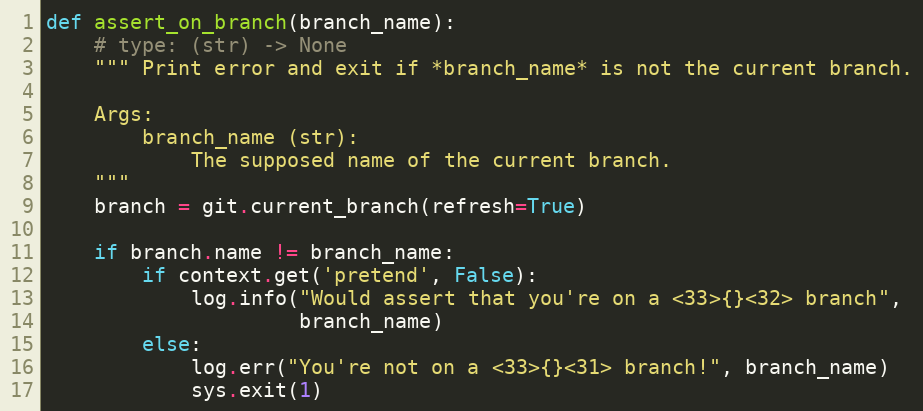
Language: Python
def assert_on_branch(branch_name):
    # type: (str) -> None
    """ Print error and exit if *branch_name* is not the current branch.

    Args:
        branch_name (str):
            The supposed name of the current branch.
    """
    branch = git.current_branch(refresh=True)

    if branch.name != branch_name:
        if context.get('pretend', False):
            log.info("Would assert that you're on a <33>{}<32> branch",
                     branch_name)
        else:
            log.err("You're not on a <33>{}<31> branch!", branch_name)
            sys.exit(1)